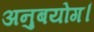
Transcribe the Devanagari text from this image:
अनुबयोग।